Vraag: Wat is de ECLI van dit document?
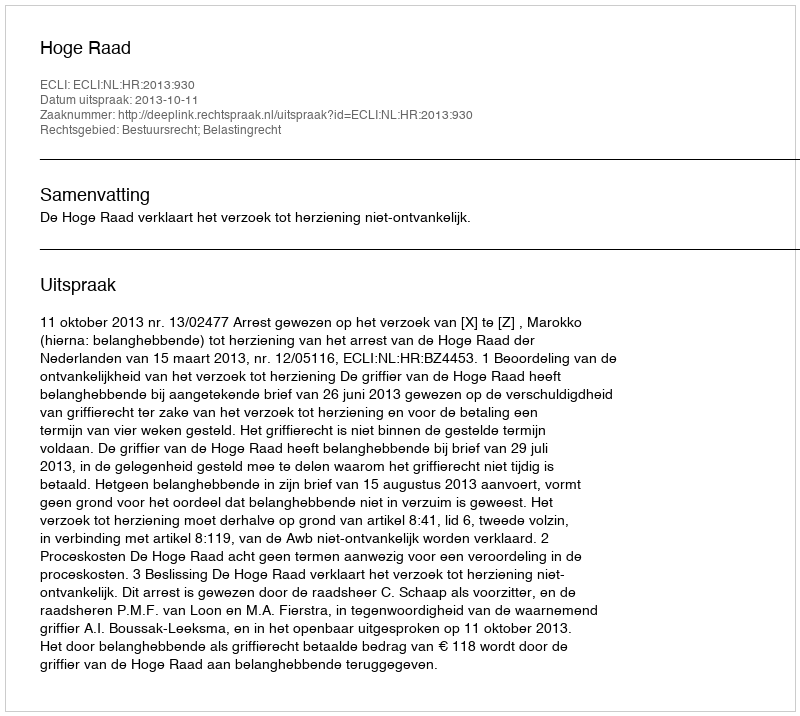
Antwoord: ECLI:NL:HR:2013:930